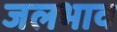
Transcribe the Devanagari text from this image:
जलभाव